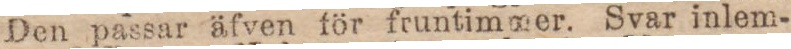
Den passar äfven för fruntimmer. Svar inlem-